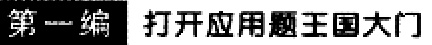
第一编 打开应用题王国大门